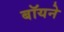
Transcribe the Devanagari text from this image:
बॉयने